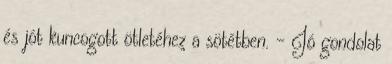
és jót kuncogott ötletéhez a sötétben. – Jó gondolat